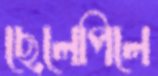
ছেলেপিলে